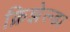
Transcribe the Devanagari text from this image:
क्रिझेल्डा